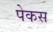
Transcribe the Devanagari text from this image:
पेकस